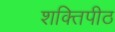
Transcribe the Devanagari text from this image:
शक्‍ितपीठ